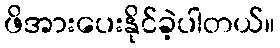
ဖိအားပေးနိုင်ခဲ့ပါတယ်။